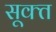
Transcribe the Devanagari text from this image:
सूक्‍त